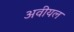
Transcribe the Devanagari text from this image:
अवीयल